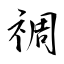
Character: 禂